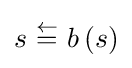
s~{\overset {\leftarrow }{=}}~b\left(s\right)